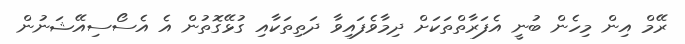
ރޭމް އިން މިހެން ބުނީ އެފަރާތްތަކަށް ދިމާވެފައިވާ ދަތިތަކާއި ގުޅޭގޮތުން އެ އެސޯސިއޭޝަނުން